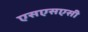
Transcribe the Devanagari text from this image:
एसएसएसी